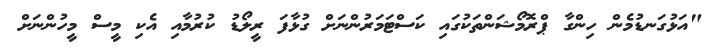
"އަޅުގަނޑުމެން ހިންގާ ޕްރޮމޯޝަންތަކުގައި ކަސްޓަމަރުންނަށް ގުޅާފަ ރީލޯޑު ކުރުމާއި އެކި މީސް މީހުންނަށް